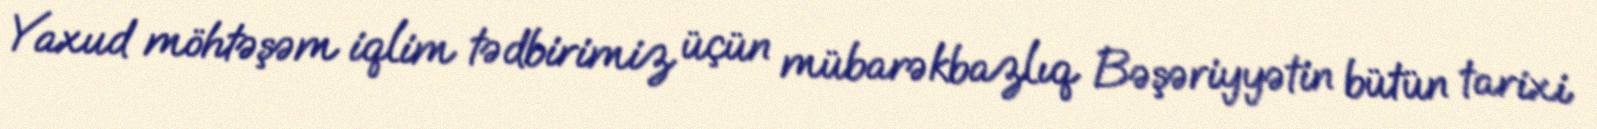
Yaxud möhtəşəm iqlim tədbirimiz üçün mübarəkbazlıq Bəşəriyyətin bütün tarixi